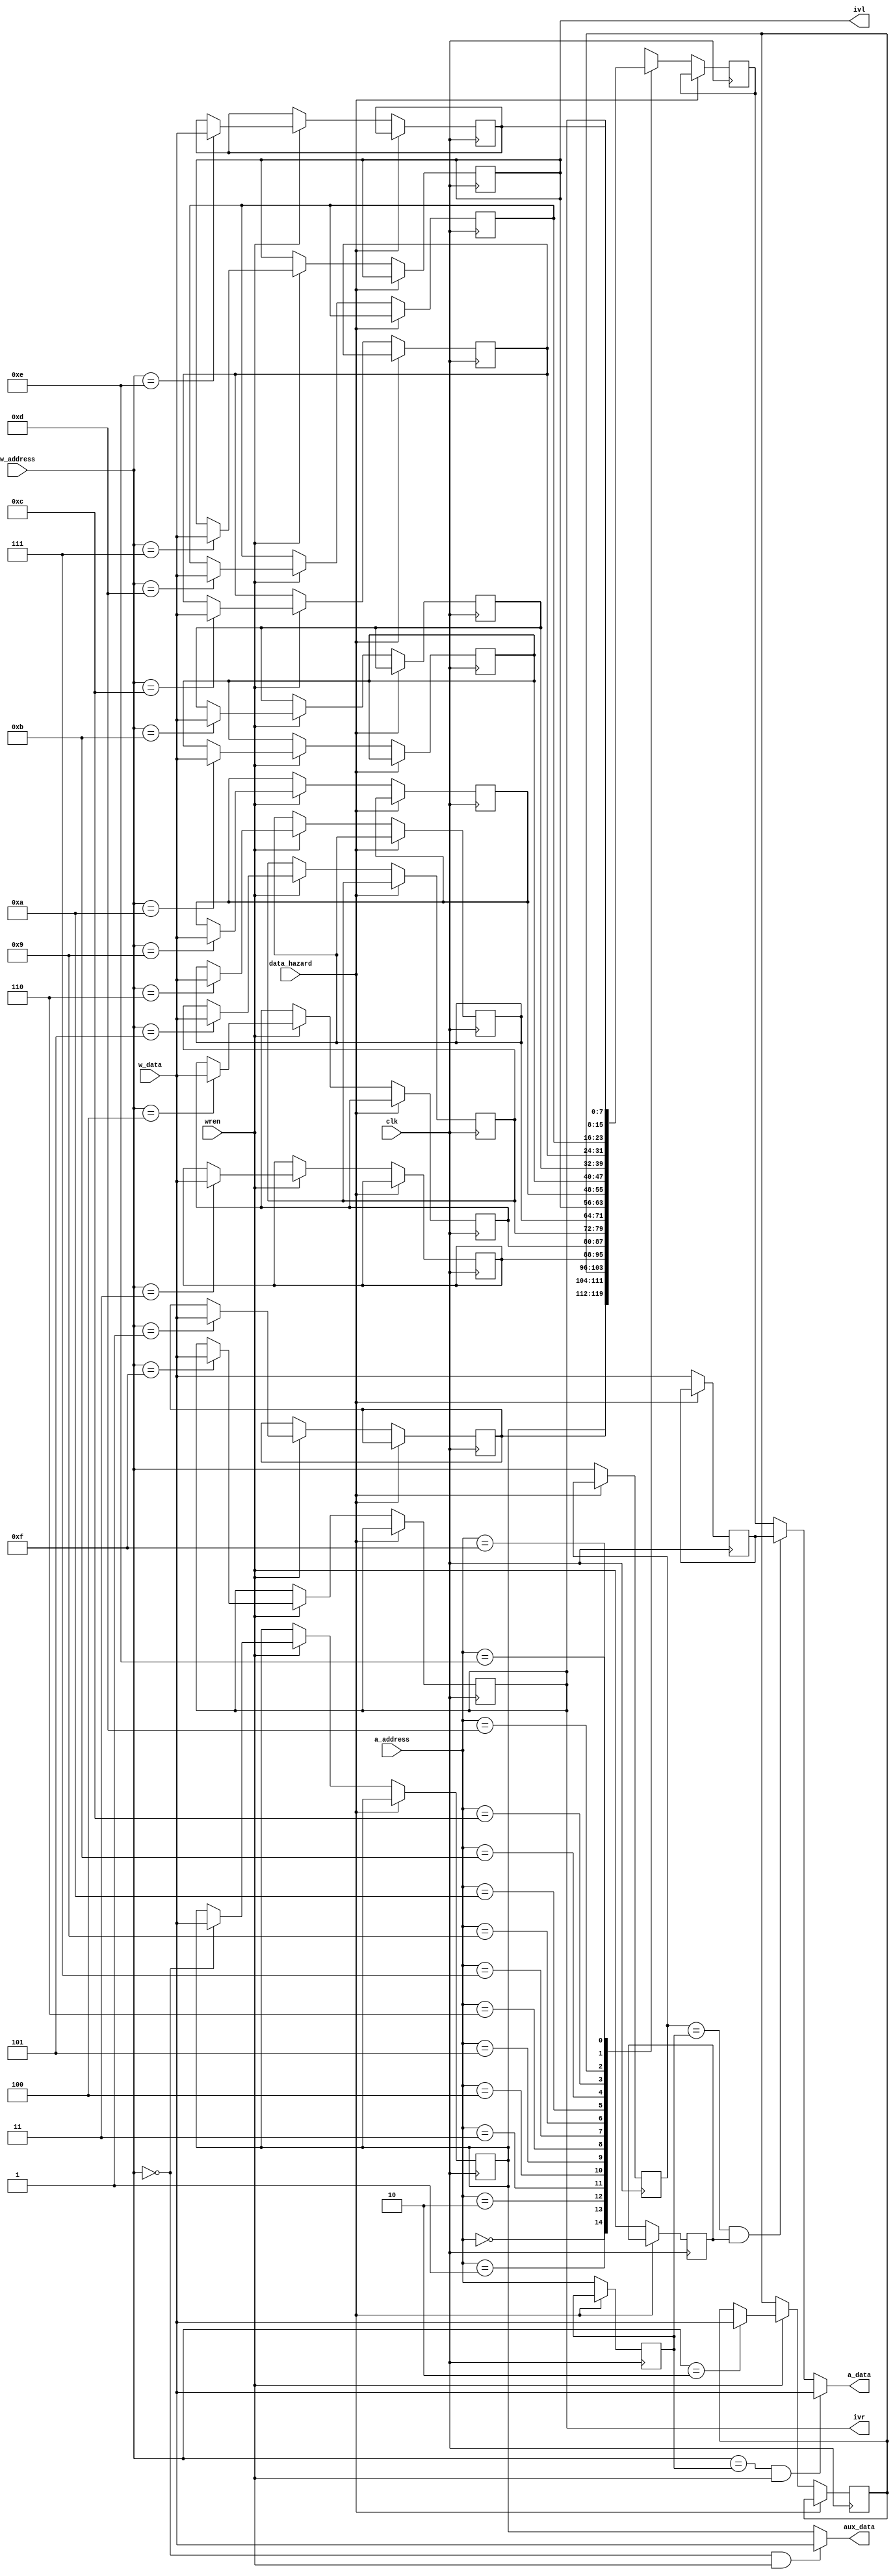
module reg_file(
			input wire clk,
			input wire data_hazard,
			input wire wren,
			input wire[3:0] a_address,
			input wire[3:0] w_address,
			input wire[7:0] w_data,
			output wire[7:0] a_data,
			output wire[7:0]aux_data,
			output wire[7:0] ivr, ivl);
reg[7:0] a_reg;
reg[7:0] aux, r1, r2, r3, r4, r5, r6, r11, r12, r13, r14, r15, r16, ivl_reg, ivr_reg;
reg[3:0] prev_w_address;
reg[3:0] prev_a_address;
reg[7:0] prev_w_data;
reg prev_wren;

initial
begin
	ivl_reg = 8'h00;	//actual value does not matter, but it must be defined so that the cache controller is not stuck in a miss state.
	ivr_reg = 8'h00;
end

wire aux_forward;
wire a_forward0;
wire a_forward1;
assign aux_forward = (w_address == 4'h0) & wren;
assign a_forward0 = (w_address == prev_a_address) & wren;
assign a_forward1 = (prev_w_address == prev_a_address) & prev_wren;

always @(posedge clk)
begin
	//write logic
	if(~data_hazard)
	begin
		prev_w_address <= w_address;
		prev_a_address <= a_address;
		prev_w_data <= w_data;
		prev_wren <= wren;
		if(wren)
		begin
			case(w_address)
			4'b0000: aux <= w_data;
			4'b0001: r1 <= w_data;
			4'b0010: r2 <= w_data;
			4'b0011: r3 <= w_data;
			4'b0100: r4 <= w_data;
			4'b0101: r5 <= w_data;
			4'b0110: r6 <= w_data;
			4'b0111: ivl_reg <= w_data;
			4'b1000: ;	//OVF
			4'b1001: r11 <= w_data;
			4'b1010: r12 <= w_data;
			4'b1011: r13 <= w_data;
			4'b1100: r14 <= w_data;
			4'b1101: r15 <= w_data;
			4'b1110: r16 <= w_data;
			4'b1111: ivr_reg <= w_data;
			endcase
		end
		//read logic
		case(a_address)
		4'b0000: a_reg <= aux;
		4'b0001: a_reg <= r1;
		4'b0010: a_reg <= r2;
		4'b0011: a_reg <= r3;
		4'b0100: a_reg <= r4;
		4'b0101: a_reg <= r5;
		4'b0110: a_reg <= r6;
		4'b0111: a_reg <= ivl_reg;	//IVL
		4'b1000: a_reg <= 8'hxx;	//OVF
		4'b1001: a_reg <= r11;
		4'b1010: a_reg <= r12;
		4'b1011: a_reg <= r13;
		4'b1100: a_reg <= r14;
		4'b1101: a_reg <= r15;
		4'b1110: a_reg <= r16;
		4'b1111: a_reg <= ivr_reg;	//IVR
		endcase
	end
end
assign ivl = ivl_reg;
assign ivr = ivr_reg;
assign a_data = a_forward0 ? w_data : (a_forward1 ? prev_w_data : a_reg);
assign aux_data = aux_forward ? w_data : aux;
endmodule

module call_stack(input wire rst, clk, push, pop, input wire[15:0] data_in, output wire[15:0] data_out);
reg[3:0] address;
reg[15:0] input_buf;
reg[15:0] output_buf;
reg prev_push;
(* ramstyle = "logic" *) reg[15:0] stack_mem[15:0];

always @(posedge clk)
begin
	input_buf <= data_in;
	prev_push <= push;
	output_buf <= stack_mem[address];
	if(prev_push)
		stack_mem[address] <= input_buf;
	if(rst)
		address <= 4'b0000;
	else if(push | pop)
		address <= address + {{3{pop}}, 1'b1};
end
assign data_out = output_buf;
endmodule